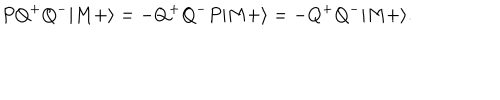
P Q ^ { + } Q ^ { - } | M + \rangle = - Q ^ { + } Q ^ { - } P | M + \rangle = - Q ^ { + } Q ^ { - } | M + \rangle .